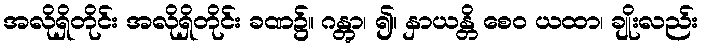
အလိုရှိတိုင်း အလိုရှိတိုင်း ခဏ၌။ ဂန္တွာ၊ ၍။ နှာယန္တိ စေဝ ယထာ၊ ချိုးလည်း